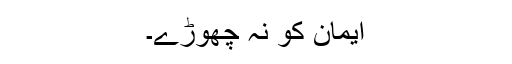
ایمان کو نہ چھوڑے۔